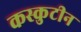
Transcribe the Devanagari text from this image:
कस्कुटीन